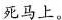
死马上。